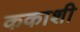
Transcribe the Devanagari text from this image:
ककाशी